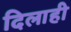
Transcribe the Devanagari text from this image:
दिलाही